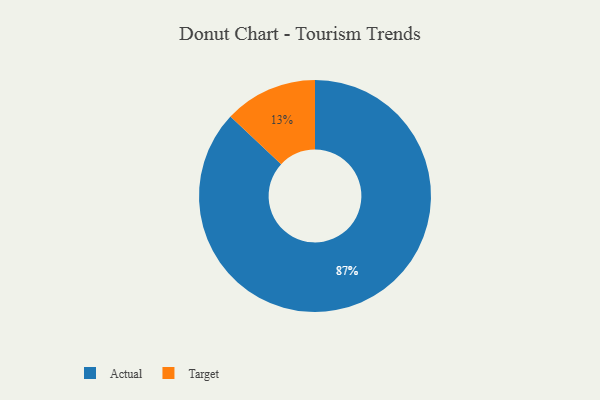
{"axis": {"x": "Category", "y": "Percentage"}, "legend": ["Actual", "Target"], "data": [{"x": "Actual", "y": 87, "type": "Actual"}, {"x": "Target", "y": 13, "type": "Target"}]}